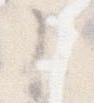
こ